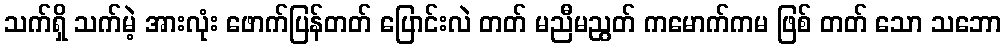
သက်ရှိ သက်မဲ့ အားလုံး ဖောက်ပြန်တတ် ပြောင်းလဲ တတ် မညီမညွတ် ကမောက်ကမ ဖြစ် တတ် သော သဘော